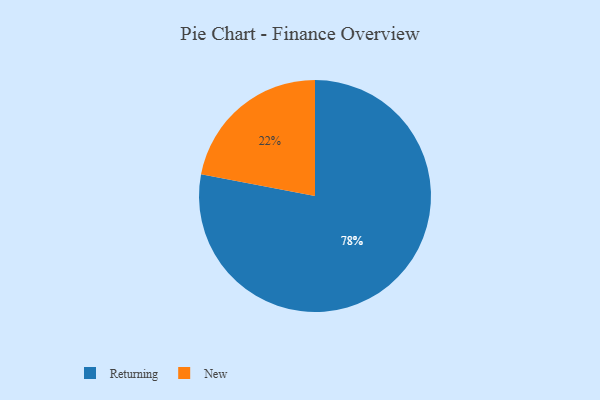
{"axis": {"x": "Category", "y": "Percentage"}, "legend": ["New", "Returning"], "data": [{"x": "New", "y": 22, "type": "New"}, {"x": "Returning", "y": 78, "type": "Returning"}]}